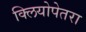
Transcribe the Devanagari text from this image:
क्लियोपेतरा